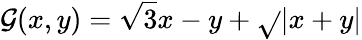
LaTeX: \mathcal{G}(x,y)=\sqrt{{3}}{{x-y}}+\sqrt{}{{|x+y|}}